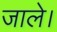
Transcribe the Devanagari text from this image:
जाले।